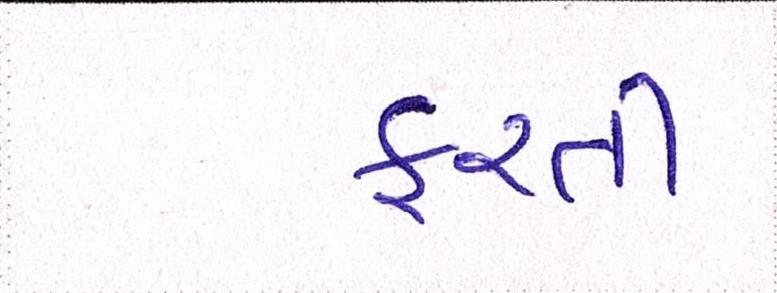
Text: ફરતી